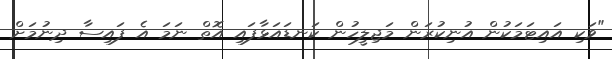
"ވަކި އައިޓަމަކުން އުނިކުރަން މަޖިލީހުން ކަނޑައަޅާފައި އޮތް ނަމަ އެ ފައިސާ ދިނުމަށް